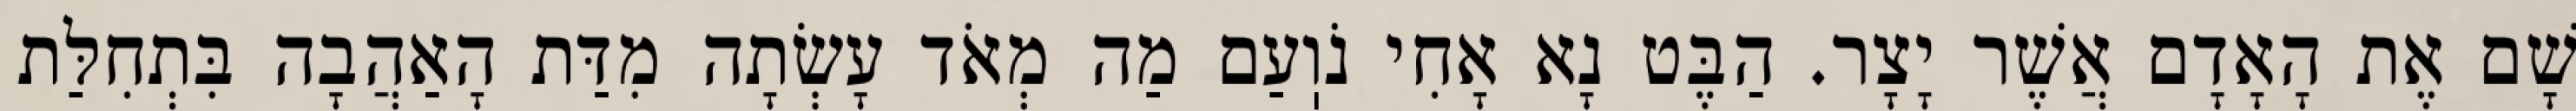
שָׁם אֶת הָאָדָם אֲשֶׁר יָצָר. הַבֶּט נָא אָחִי נֹוֽעַם מַה מְאֹד עָשְׂתָה מִדַּת הָאַהֲבָה בִּתְחִלַּת